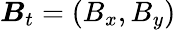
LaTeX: \boldsymbol{B}_{t}=(B_{x},B_{y})